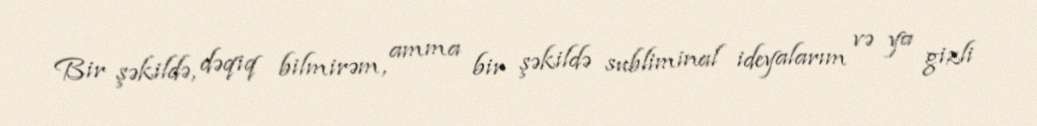
Bir şəkildə, dəqiq bilmirəm, amma bir şəkildə subliminal ideyalarım və ya gizli